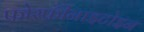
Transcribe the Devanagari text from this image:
फोस्फीनाइटोइन